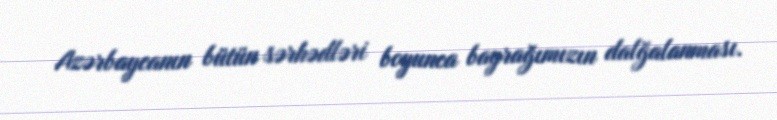
Azərbaycanın bütün sərhədləri boyunca bayrağımızın dalğalanması.